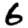
Digit: 6